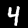
Digit: 4